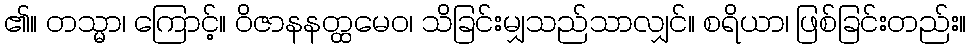
၏။ တသ္မာ၊ ကြောင့်။ ဝိဇာနနတ္ထမေဝ၊ သိခြင်းမျှသည်သာလျှင်။ စရိယာ၊ ဖြစ်ခြင်းတည်း။